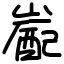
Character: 嶏